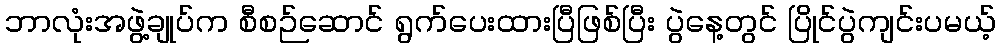
ဘာလုံးအဖွဲ့ချုပ်က စီစဉ်ဆောင် ရွက်ပေးထားပြီဖြစ်ပြီး ပွဲနေ့တွင် ပြိုင်ပွဲကျင်းပမယ့်